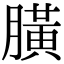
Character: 䐵